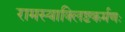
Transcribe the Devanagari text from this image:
रामस्याक्लिष्टकर्मणः